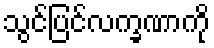
သွင်ပြင်လက္ခဏာကို